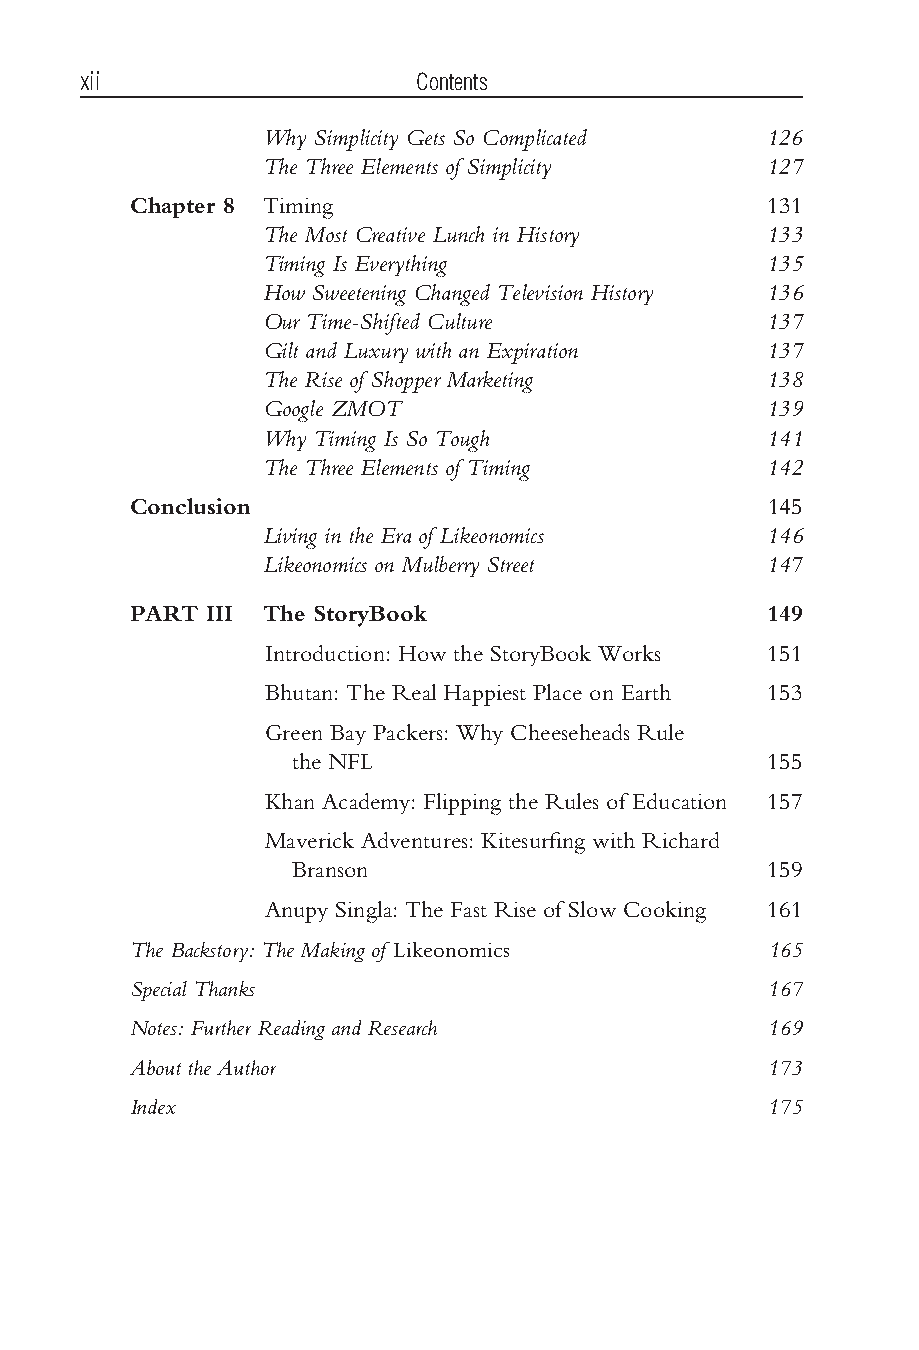
xii                   Contents
 Why Simplicity Gets So Complicated 126
 The Three Elements of Simplicity 127
 Chapter 8 Timing                          131
 The Most Creative Lunch in History 133
 Timing Is Everything             135
 How Sweetening Changed Television History 136
 Our Time-Shifted Culture         137
 Gilt and Luxury with an Expiration 137
 The Rise of Shopper Marketing    138
 Google ZMOT                      139
 Why Timing Is So Tough           141
 The Three Elements of Timing     142
 Conclusion                                145
 Living in the Era of Likeonomics 146
 Likeonomics on Mulberry Street   147
 PART III The StoryBook                    149
 Introduction: How the StoryBook Works 151
 Bhutan: The Real Happiest Place on Earth 153
 Green Bay Packers: Why Cheeseheads Rule
 the NFL                        155
 Khan Academy: Flipping the Rules of Education 157
 Maverick Adventures: Kitesurfing with Richard
 Branson                        159
 Anupy Singla: The Fast Rise of Slow Cooking 161
 The Backstory: The Making of Likeonomics   165
 Special Thanks                             167
 Notes: Further Reading and Research        169
 About the Author                           173
 Index                                      175